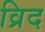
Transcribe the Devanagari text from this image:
व्रिद